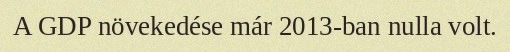
A GDP növekedése már 2013-ban nulla volt.